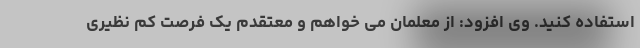
استفاده کنید. وی افزود: از معلمان می خواهم و معتقدم یک فرصت کم نظیری